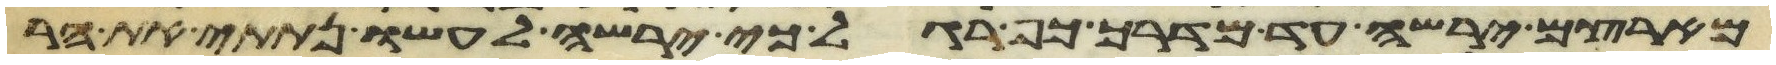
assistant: מארצם ירשה עד מדרך כף רגל כי ירשה לעשו נתתי את הר